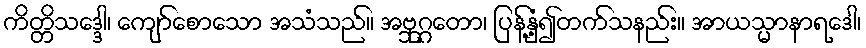
ကိတ္တိသဒ္ဒေါ၊ ကျော်စောသော အသံသည်။ အဗ္ဘုဂ္ဂတော၊ ပြန့်နှံ့၍တက်သနည်း။ အာယသ္မာနာရဒေါ၊